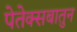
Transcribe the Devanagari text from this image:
पेतेक्सबातुन